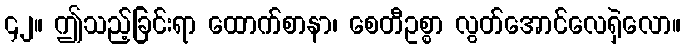
၄၂။ ဤသည့်ခြင်းရာ ထောက်စာနာ၊ စေတီဥစ္စာ လွတ်အောင်လေရှဲလော။